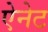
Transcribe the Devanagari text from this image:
ऐनेट